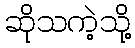
ဆိုသကဲ့သို့